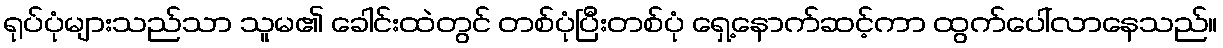
ရုပ်ပုံများသည်သာ သူမ၏ ခေါင်းထဲတွင် တစ်ပုံပြီးတစ်ပုံ ရှေ့နောက်ဆင့်ကာ ထွက်ပေါ်လာနေသည်။